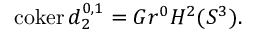
\operatorname { c o k e r } d _ { 2 } ^ { 0 , 1 } = G r ^ { 0 } H ^ { 2 } ( S ^ { 3 } ) .